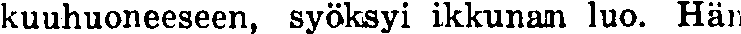
kuuhuoneeseen, syöksyi ikkunam luo. Hän